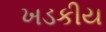
ખડકીય